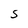
Character: S